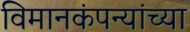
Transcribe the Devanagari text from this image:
विमानकंपन्यांच्या